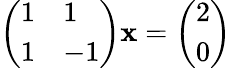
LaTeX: \left(\begin{array}{ll}{1}&{1}\\ {1}&{-1}\end{array}\right)\mathbf{x}=\left(\begin{array}{l}{2}\\ {0}\end{array}\right)